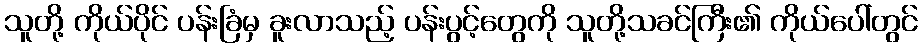
သူတို့ ကိုယ်ပိုင် ပန်းခြံမှ ခူးလာသည့် ပန်းပွင့်တွေကို သူတို့သခင်ကြီး၏ ကိုယ်ပေါ်တွင်